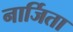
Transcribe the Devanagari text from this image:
नार्जिता